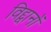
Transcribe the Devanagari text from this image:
विद्द्वानों